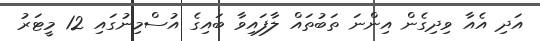
އަދި އެއާ ވިދިގެން އިންނަ ތަބުތައް ލާފައިވާ ބައިގެ އުސްމިނުގައި 12 މީޓަރު